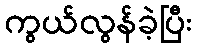
ကွယ်လွန်ခဲ့ပြီး